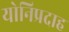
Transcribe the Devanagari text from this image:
योनिप्रदाह